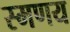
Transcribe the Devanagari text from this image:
स्मणय